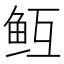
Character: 𱇓